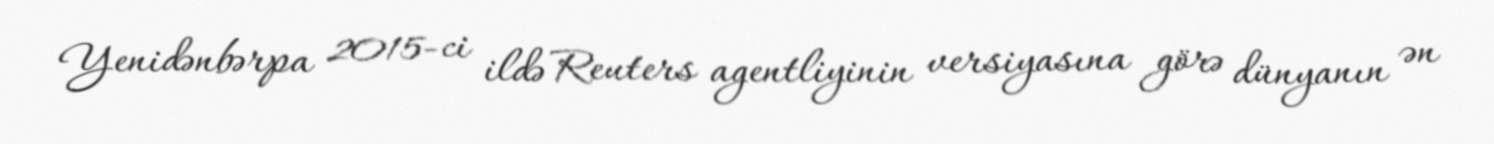
Yenidənbərpa 2015-ci ildə Reuters agentliyinin versiyasına görə dünyanın ən